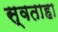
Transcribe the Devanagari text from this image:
स्वताहा